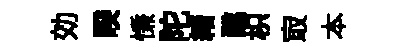
効睽慊陀緖醮枳㝡本